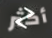
أكثر